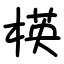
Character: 楧